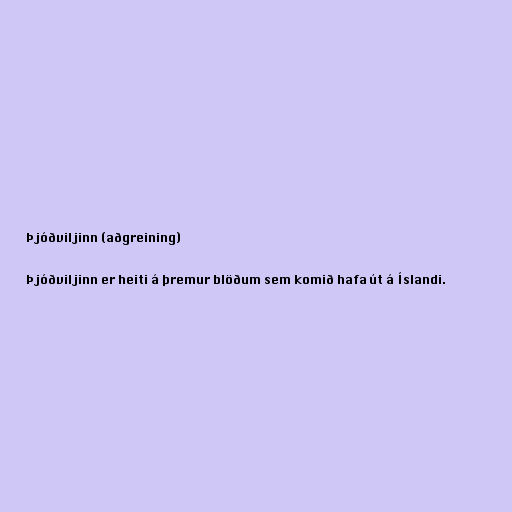
Þjóðviljinn (aðgreining)

Þjóðviljinn er heiti á þremur blöðum sem komið hafa út á Íslandi.